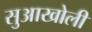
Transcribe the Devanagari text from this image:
सुआखोली